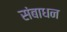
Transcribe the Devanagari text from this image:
संबाधन